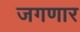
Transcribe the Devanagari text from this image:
जगणार